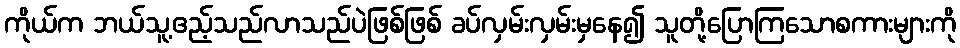
ကိုယ်က ဘယ်သူ့ဧည့်သည်လာသည်ပဲဖြစ်ဖြစ် ခပ်လှမ်းလှမ်းမှနေ၍ သူတို့ပြောကြသောစကားများကို